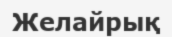
Желайрық